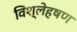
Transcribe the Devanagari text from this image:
विश्लेहषण